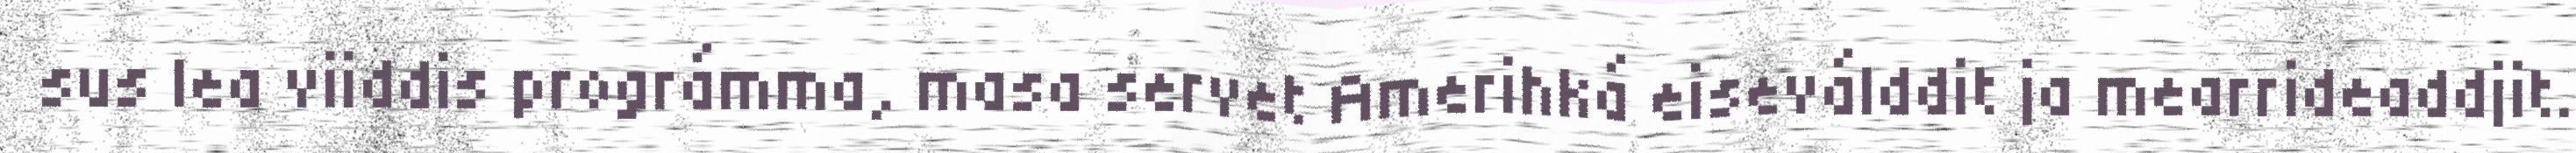
sus lea viiddis prográmma, masa servet Amerihká eiseválddit ja mearrideaddjit.